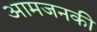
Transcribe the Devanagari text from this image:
आमजनकी